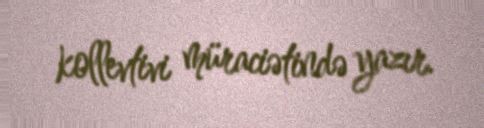
kollevtivi müraciətində yazır.